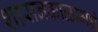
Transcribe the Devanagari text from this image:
शासनकाळामधे